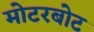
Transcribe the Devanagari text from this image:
मोटरबोट